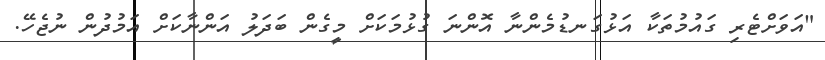
"އަވަށްޓެރި ގައުމުތަކާ އަޅުގަނޑުމެންނާ އޮންނަ ގުޅުމަކަށް މީގެން ބަދަލު އަންނާކަށް އަމުދުން ނުޖެހޭ.